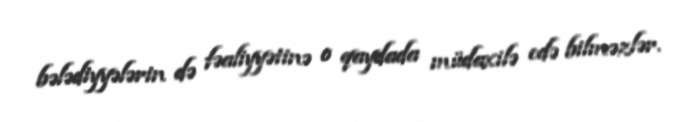
bələdiyyələrin də fəaliyyətinə o qaydada müdaxilə edə bilməzlər.